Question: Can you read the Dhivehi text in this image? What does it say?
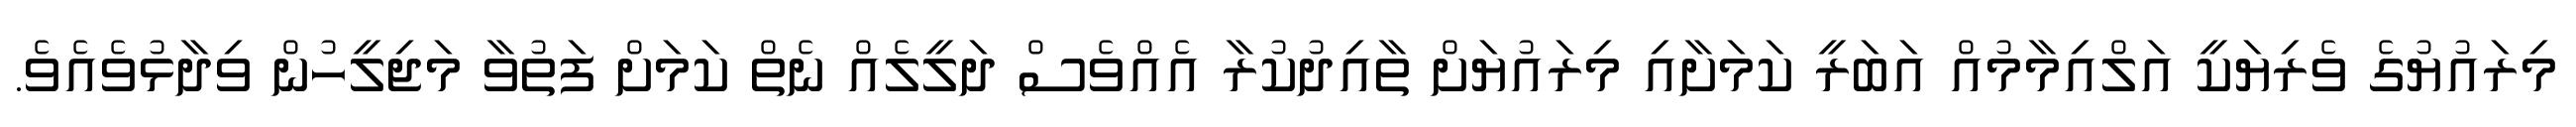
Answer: މިރައުޔުގެ ވެރިޔަކީ އަލްއިމާމުއް އަބަރީ ކަމަށާއި މިރައުޔަށް ތާއިދުކުރާ އެއްވެސް ދަލީލެއް ނެތް ކަމަށް ފަތުވާ މަޖިލީހުން ވިދާޅުވެއެވެ.